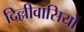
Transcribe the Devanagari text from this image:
दिल्लीवासियों